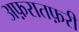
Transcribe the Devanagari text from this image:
अफ़रातफ़री